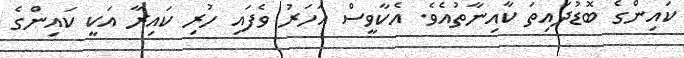
ކައިންގެ ބޮޑުދައިތަ ކާއިނާތުއެވެ. އެކާވީސް އަހަރު ވެފައި ހުރި ކައިރާ އަކީ ކައިންގެ